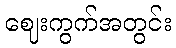
ဈေးကွက်အတွင်း